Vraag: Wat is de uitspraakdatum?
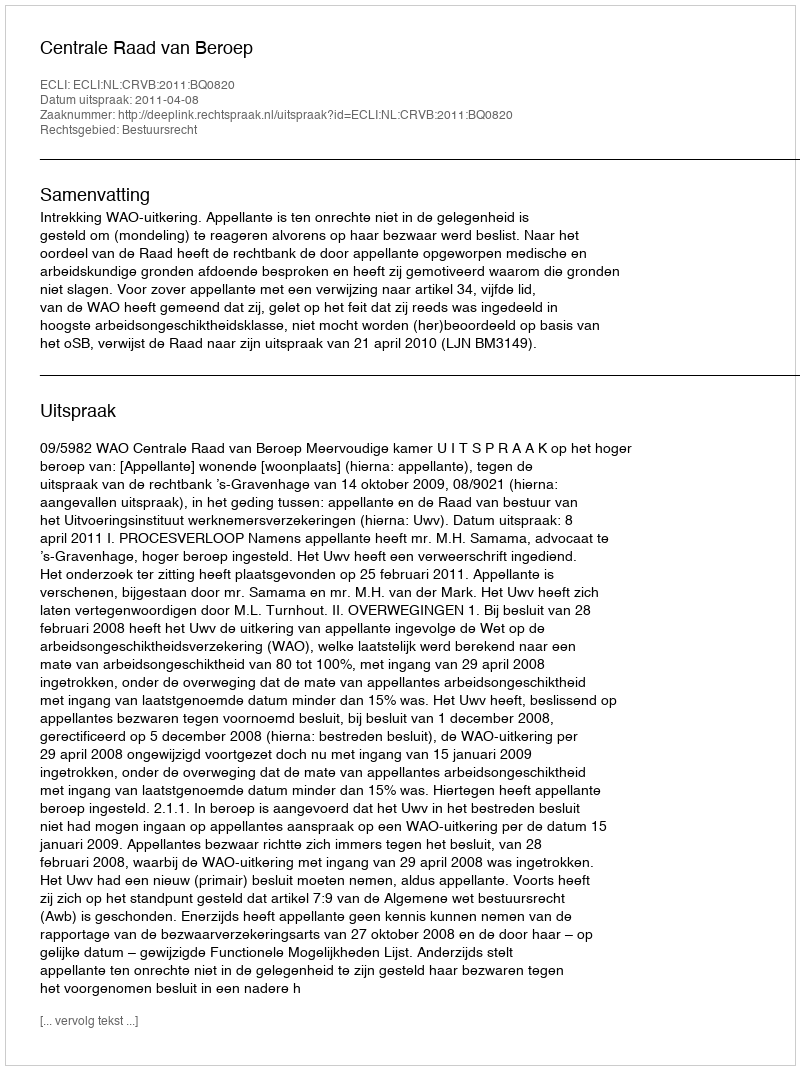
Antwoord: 2011-04-08